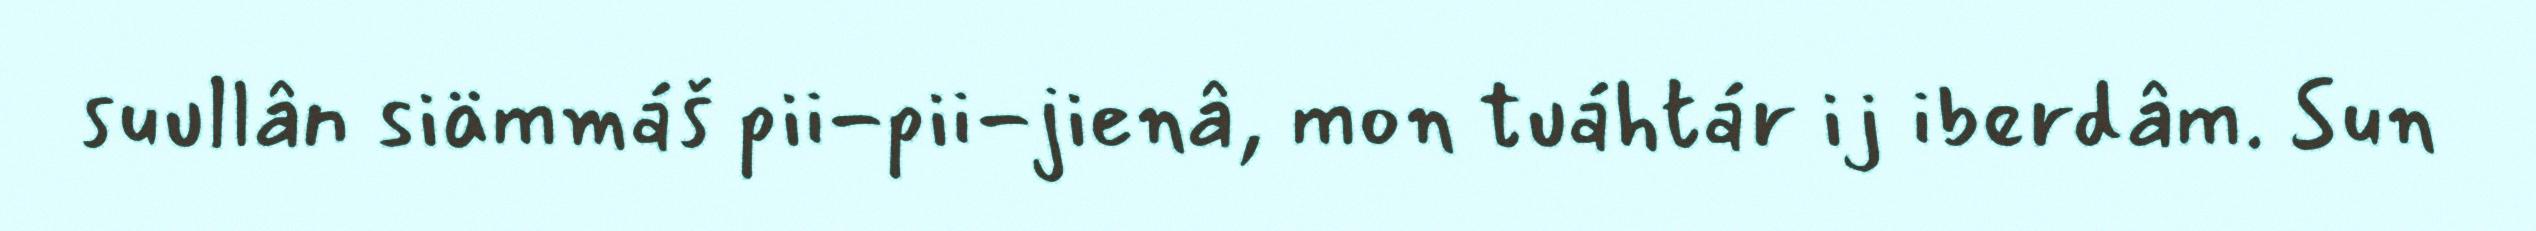
suullân siämmáš pii-pii-jienâ, mon tuáhtár ij iberdâm. Sun